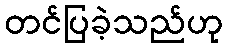
တင်ပြခဲ့သည်ဟု